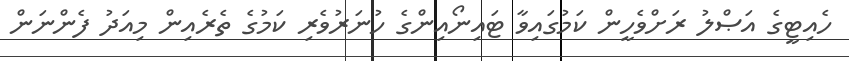
ހެއިޓީގެ އަޞްލު ރަށްވެހީން ކަމުގައިވާ ޓައިނޯއިންގެ ހުނަރުވެރި ކަމުގެ ތެރެއިން މިއަދު ފެންނަން